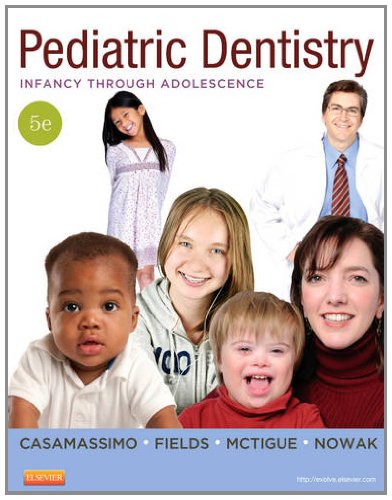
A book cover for Pediatric Dentistry: Infancy through Adolescence, 5e (PEDIATRIC DENISTRY); Paul S. Casamassimo DDS  MS; Medical Books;